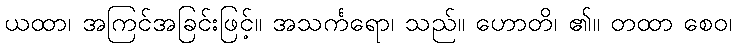
ယထာ၊ အကြင်အခြင်းဖြင့်။ အသင်္ကရော၊ သည်။ ဟောတိ၊ ၏။ တထာ စေဝ၊